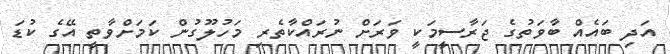
އަދި ބައެއް ބާވަތުގެ ޖަރާސީމަކީ ވަރަށް ނުރައްކާތެރި މަހުލޫގުން ކަމަށްވާތީ އޭގެ ކުޑަ